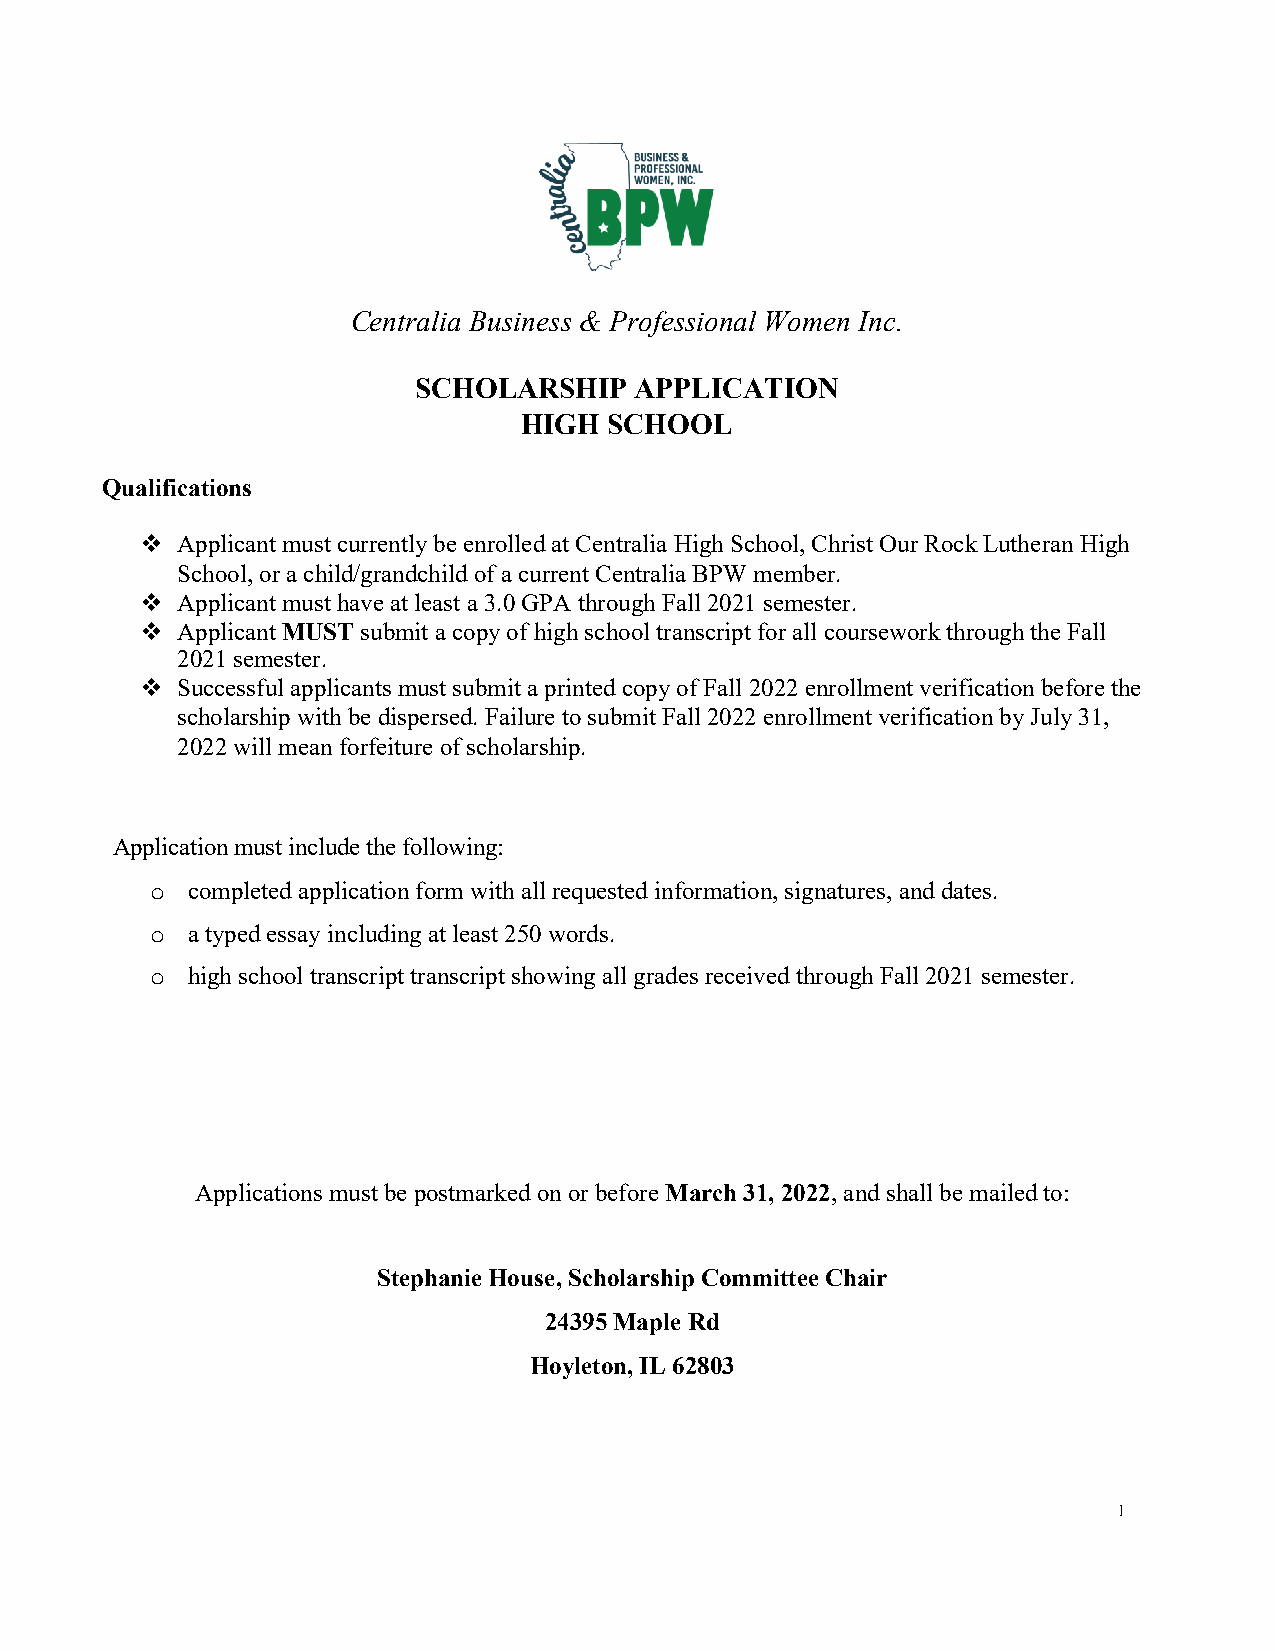
Centralia Business & Professional Women Inc.
 SCHOLARSHIP    APPLICATION
 HIGH SCHOOL
 Qualifications
 v  Applicant must currently be enrolled at Centralia High School, Christ Our Rock Lutheran High
 School, or a child/grandchild of a current Centralia BPW member.
 v  Applicant must have at least a 3.0 GPA through Fall 2021 semester.
 v  Applicant MUST submit a copy of high school transcript for all coursework through the Fall
 2021 semester.
 v  Successful applicants must submit a printed copy of Fall 2022 enrollment verification before the
 scholarship with be dispersed. Failure to submit Fall 2022 enrollment verification by July 31,
 2022 will mean forfeiture of scholarship.
 Application must include the following:
 o completed application form with all requested information, signatures, and dates.
 o a typed essay including at least 250 words.
 o high school transcript transcript showing all grades received through Fall 2021 semester.
 Applications must be postmarked on or before March 31, 2022, and shall be mailed to:
 Stephanie House, Scholarship Committee Chair
 24395 Maple Rd
 Hoyleton, IL 62803
 1